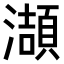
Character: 𤂌